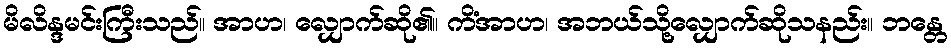
မိလိန္ဒမင်းကြီးသည်။ အာဟ၊ လျှောက်ဆို၏။ ကိံအာဟ၊ အဘယ်သို့လျှောက်ဆိုသနည်း။ ဘန္တေ